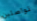
تواصلين